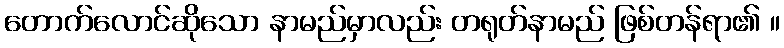
တောက်လောင်ဆိုသော နာမည်မှာလည်း တရုတ်နာမည် ဖြစ်တန်ရာ၏ ။